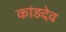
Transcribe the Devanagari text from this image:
कांड़देव